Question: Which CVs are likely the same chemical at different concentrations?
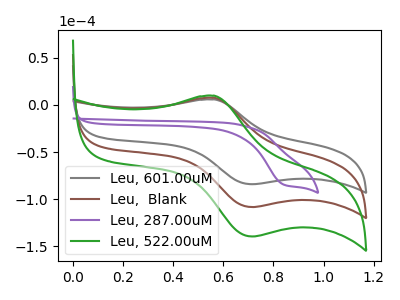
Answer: <think>The gray curve "Leu, 601.00uM" has an anodic peak at (0.55V, 5.90uA) and a cathodic peak at (0.70V, -84.10uA). The brown curve "Leu,  Blank" has an anodic peak at (0.55V, 7.60uA) and a cathodic peak at (0.70V, -108.35uA). The purple curve "Leu, 287.00uM" has a cathodic peak at: (0.85V, -84.55uA). The green curve "Leu, 522.00uM" has an anodic peak at (0.55V, 15.25uA) and a cathodic peak at (0.70V, -216.75uA).
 All the peaks in "Leu, 601.00uM" have a peak in "Leu,  Blank" at the same potential. Every peak in "Leu, 601.00uM" is lower than every peak in "Leu,  Blank". "Leu, 601.00uM" and "Leu, 287.00uM" have a different number of peaks. All the peaks in "Leu, 601.00uM" have a peak in "Leu, 522.00uM" at the same potential. Every peak in "Leu, 601.00uM" is lower than every peak in "Leu, 522.00uM". "Leu,  Blank" and "Leu, 287.00uM" have a different number of peaks. All the peaks in "Leu,  Blank" have a peak in "Leu, 522.00uM" at the same potential. Every peak in "Leu,  Blank" is lower than every peak in "Leu, 522.00uM". "Leu, 287.00uM" and "Leu, 522.00uM" have a different number of peaks.</think>
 <answer>"Leu, 601.00uM", "Leu,  Blank" and "Leu, 522.00uM" have the same shape and are likely CV's of the same chemical.</answer>
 <eval>"Leu, 601.00uM" "Leu,  Blank" "Leu, 522.00uM"</eval>